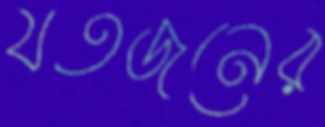
যতজনের